Note on the mental hospitals in Burma - 1925-1940
Year: 1925
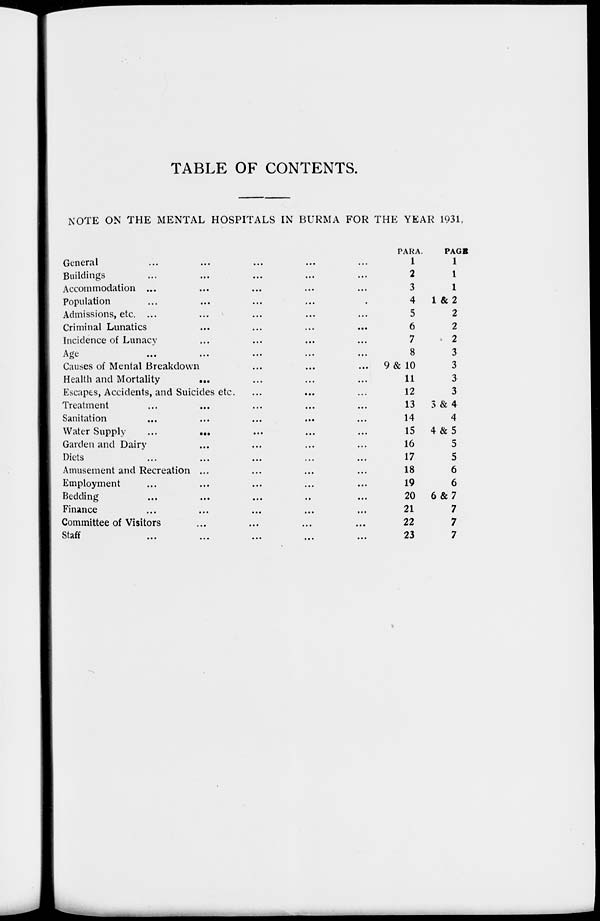
TABLE OF CONTENTS.
NOTE ON THE MENTAL HOSPITALS IN BURMA FOR THE YEAR 1931.
General ... ... ... ... ...
Buildings ... ... ... ... ...
Accommodation ... ... ... ... ...
Population ... ... ... ... ...
Admissions, etc. ... ... ... ... ...
Criminal Lunatics ... ... ... ... ...
Incidence of Lunacy ... ... ... ... ...
Age ... ... ... ... ...
Causes of Mental Breakdown ... ... ... ... ...
Health and Mortality ... ... ... ... ...
Escapes, Accidents, and Suicides etc.
...
...
...
Treatment ... ... ... ... ...
Sanitation ... ... ... ... ...
Water Supply
... ... ... ... ... ...
Garden and Dairy ... ... ... ... ...
Diets ... ... ... ... ...
Amusement and Recreation ... ... ... ... ...
Employment ... ... ... ... ...
Bedding ... ... ... ... ...
Finance ... ... ... ... ...
Committee of Visitors ... ... ... ... ...
Staff ... ... ... ... ...
PARA.
1
2
3
4
5
6
7
8
9& 10
11
12
13
14
15
16
17
18
19
20
21
22
23
PAGE
1
1
1
1 &2
2
2
2
3
3
3
3
3 & 4
4
4& 5
5
5
6
6
6&7
7
7
7